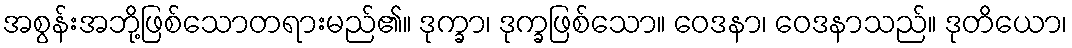
အစွန်းအဘို့ဖြစ်သောတရားမည်၏။ ဒုက္ခာ၊ ဒုက္ခဖြစ်သော။ ဝေဒနာ၊ ဝေဒနာသည်။ ဒုတိယော၊